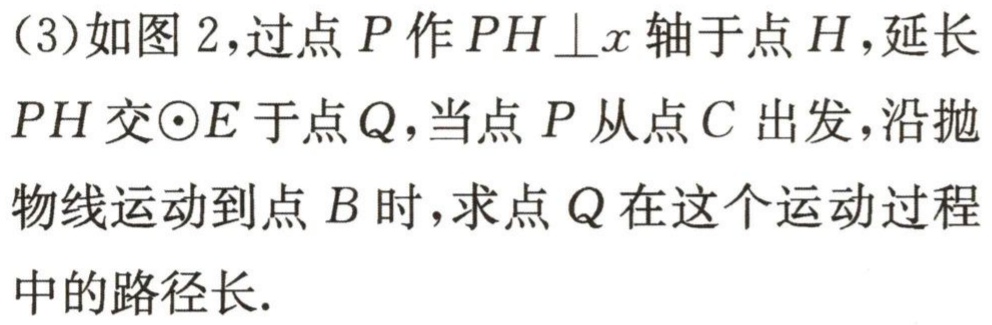
(3)如图2,过点\(P\)作\(PH\perp x\)轴于点\(H\),延长\(PH\)交\(\odot E\)于点\(Q\),当点\(P\)从点\(C\)出发,沿抛物线运动到点\(B\)时,求点\(Q\)在这个运动过程中的路径长.